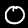
Label: 0